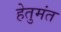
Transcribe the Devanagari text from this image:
हेतुमंत